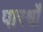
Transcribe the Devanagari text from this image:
पारर्श्वों